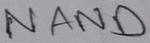
Text: NAND